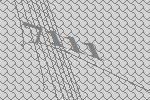
7111